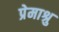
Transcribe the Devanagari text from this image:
प्रेमाश्रु